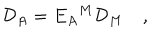
LaTeX: { \cal D } _ { A } = E _ { A } { } ^ { M } { \cal D } _ { M } \quad ,